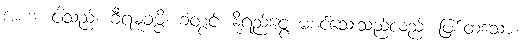
အဟံ၊ ငါသည်။ ခီရမုခမ္ပိ၊ ခံတွင်း နို့ရည်ငွေ့ မစင်သေးသည်လည်း ဖြစ်ထသော။